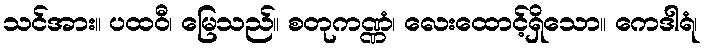
သင်အား။ ပထဝီ၊ မြေသည်။ စတုကဏ္ဏံ၊ လေးထောင့်ရှိသော။ ကေဒါရံ၊